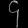
Digit: ၄